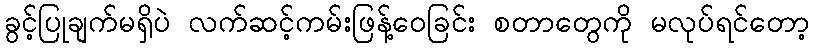
ခွင့်ပြုချက်မရှိပဲ လက်ဆင့်ကမ်းဖြန့်ဝေခြင်း စတာတွေကို မလုပ်ရင်တော့